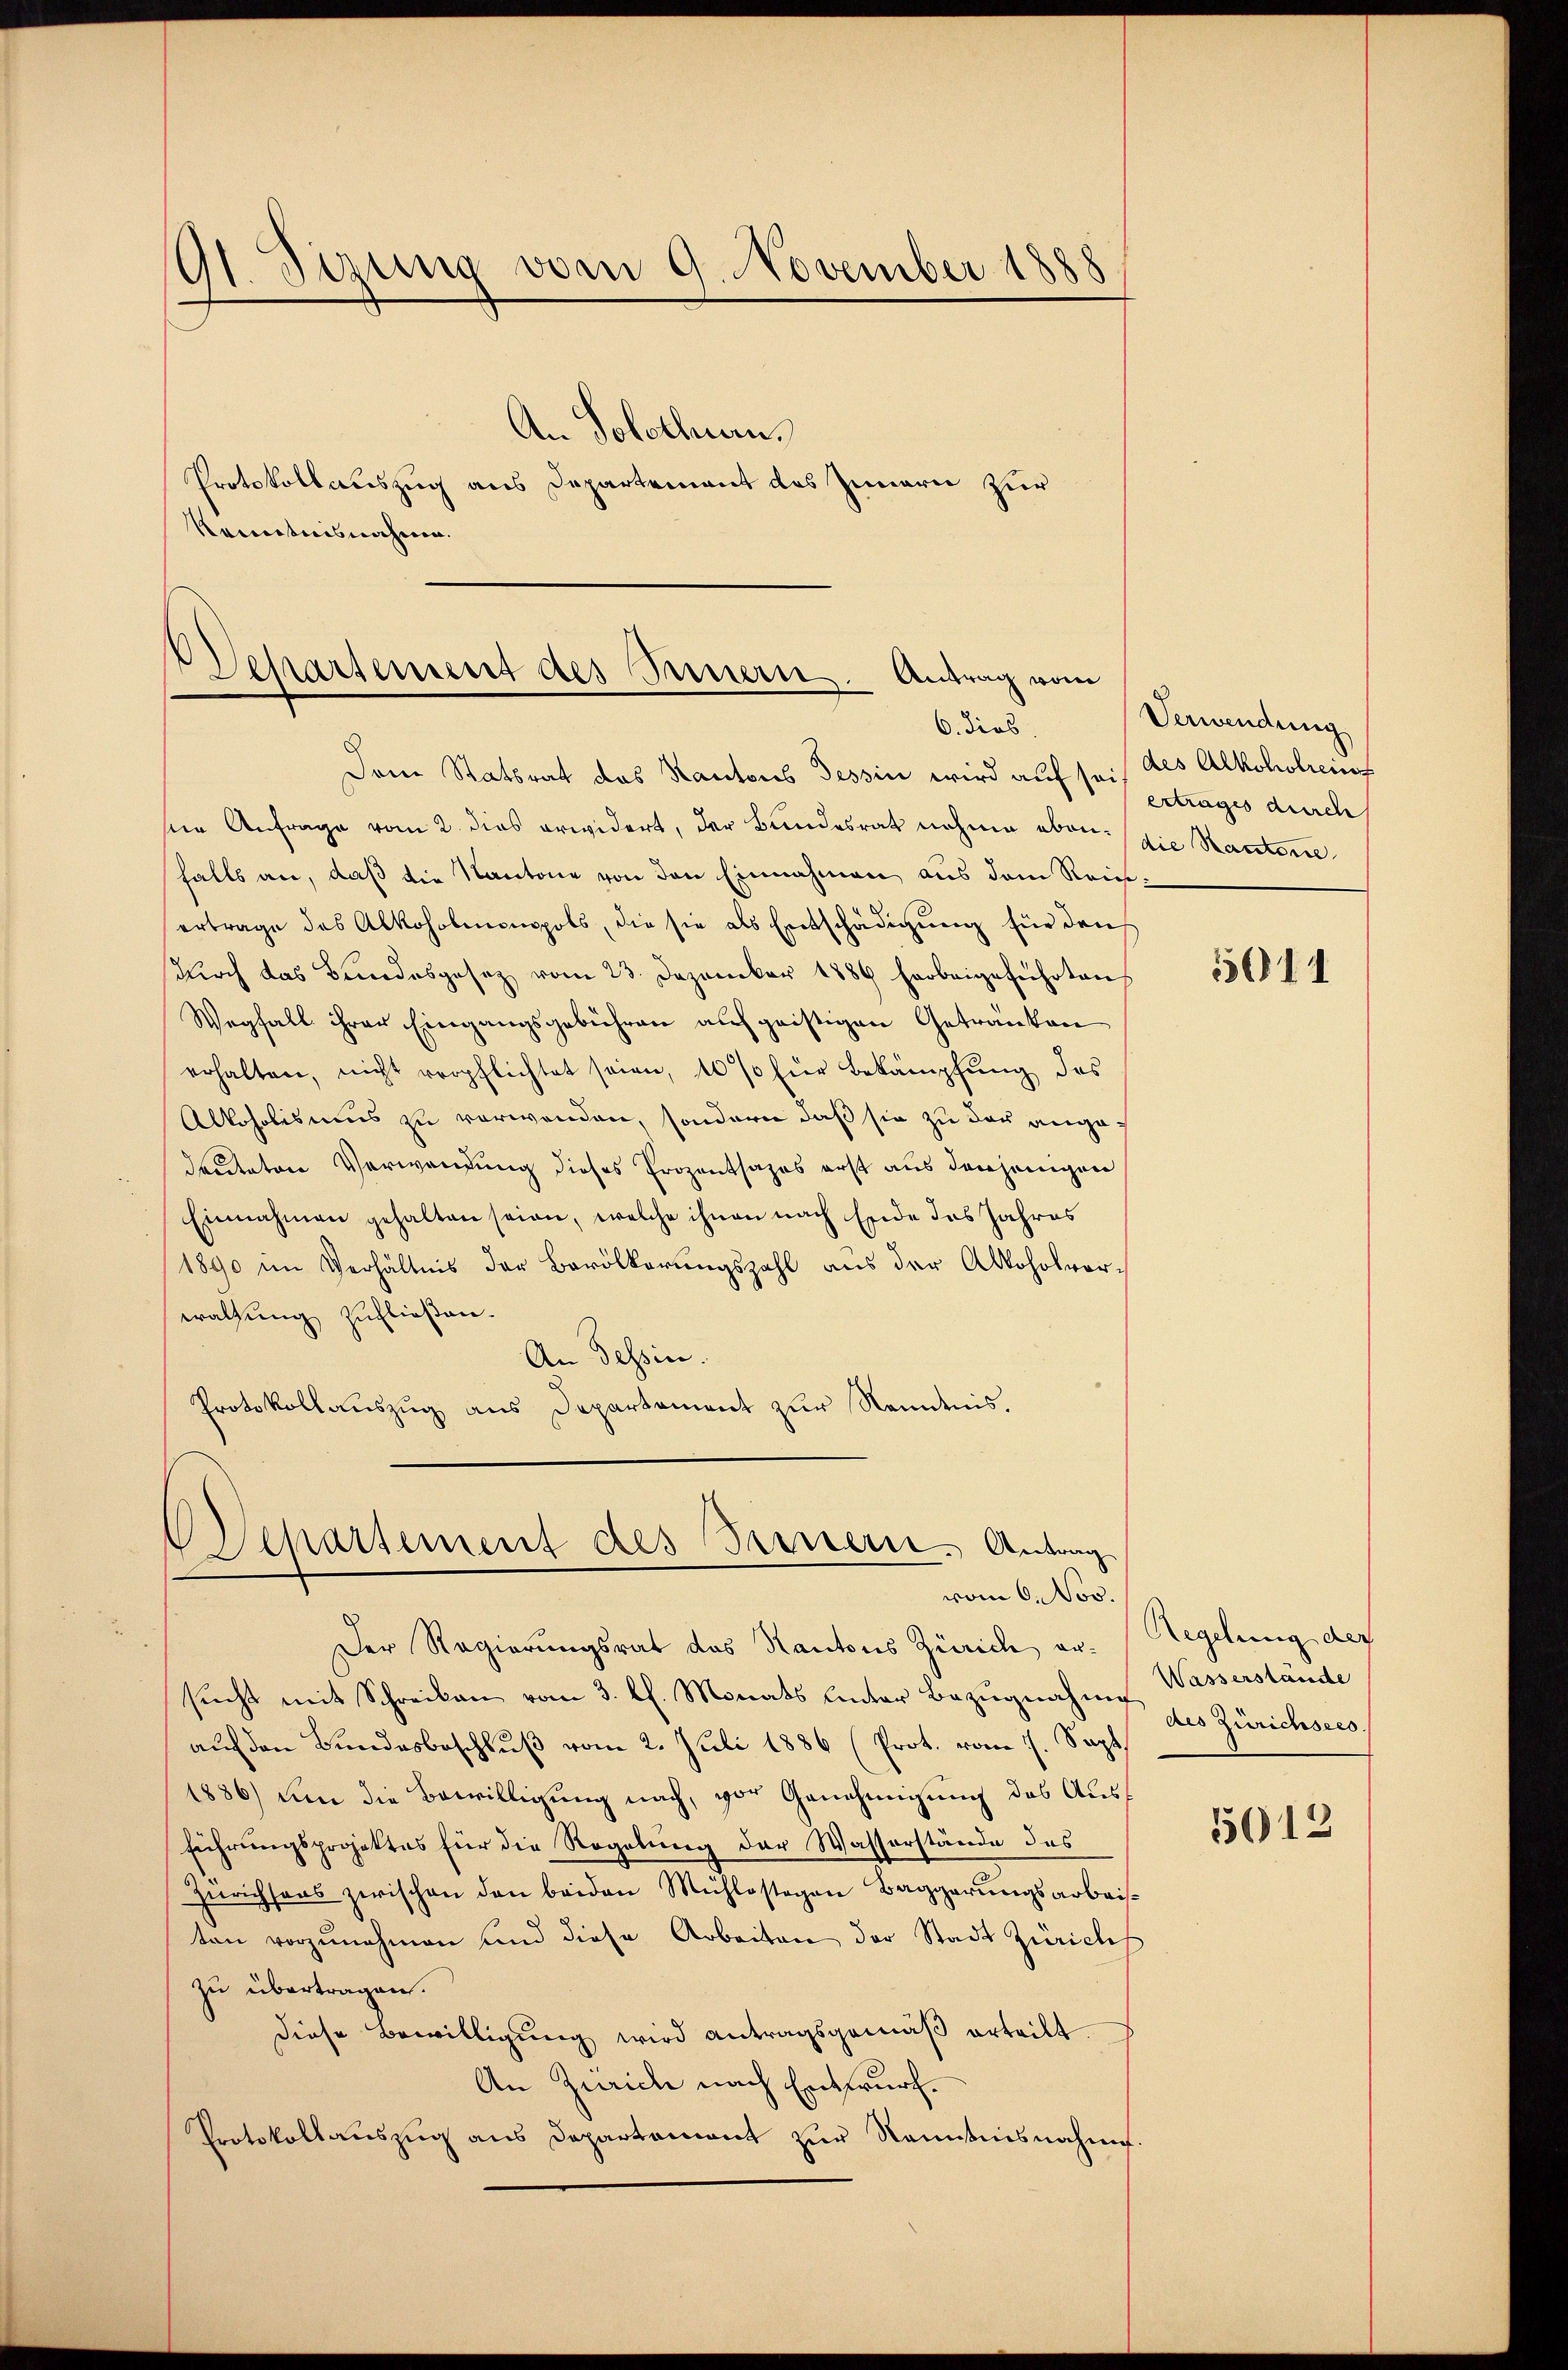
O1. Sizung vom 9. November 1888

Kenntnisnahme.

An Solothurn.
Protokollauszug aus Departement des Zumerie zur

Separtement des Bernern. Antrag vom
6. dies

Departement des Bernern, Antrag
vom 6. Nov.

Dem Statsrat des Kantons Tessin wird auf sei des Alkoholieins
ser Anfrage vom 2. dies erwidert, der Bundesrat nahme eben: die Kantone
falls an, daß die Kantone von den Einnahmen aus dem Reinertrage des Alkoholmonopols, die sie als Entschädigŭng für den
dŭrch das Bundesgesez vom 23. Dezember 1889 herbeigeführten
Wegfall ihrer Eingangsgebühren auf geistigen Getränken
erhalten, nicht verpflichtet seien, 10% für Bekämpfung des
Alkoholismus zu verwenden, sondern daß sie zu das angedeuteten Verwandung dieses Prozentsages erst aus denjenigen
Einnahmen gehalten seien, welche ihnen nach Ende des Jahres
1890 im Verhältnis der Bevölkerungszahl aus der Alkoholvor-
waltung zufließen.
An Tessin.
Protokollauszug aus Departement zur Kenntnis.

Der Regierungsrat das Kantons Zürich er- Regelung der
sŭcht mit Schreiben vom 3. l. Monats unter Bezŭgnahme Wasserstände
auf den Bundesbeschluß vom 2. Juli 1886 (Prot. vom 7. Sept.
1886) um die Bewilligung nach, vor Genehmigung des Ausführungsprojektes für die Regelung der Wasserstände des
Zürichsans zwischen den beiden Mühlestagen Baggerŭngsarbeiten vorzunehmen und diese Arbeiten der Stadt Zürichs
zu übertragen.
diese Bewilligung wird antragsgemäβ erteilt
An Zürich nach Entwurf.
Protokollauszug aus Departement zur Kenntnisnahme.

Verwendung
ertrages durch

5611

des Zürichsees.

5013